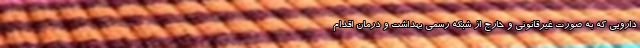
دارویی که به صورت غیرقانونی و خارج از شبکه رسمی بهداشت و درمان اقدام